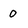
Character: 0